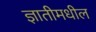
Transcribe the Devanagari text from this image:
ज्ञातीमधील